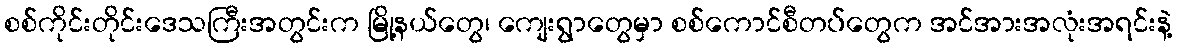
စစ်ကိုင်းတိုင်းဒေသကြီးအတွင်းက မြို့နယ်တွေ၊ ကျေးရွာတွေမှာ စစ်ကောင်စီတပ်တွေက အင်အားအလုံးအရင်းနဲ့